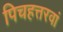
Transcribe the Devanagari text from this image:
पिचहत्तरवां